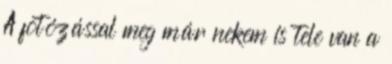
A fotózással meg már nekem is tele van a